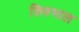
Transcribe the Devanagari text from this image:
शिवभाल